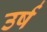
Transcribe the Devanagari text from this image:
उर्ष